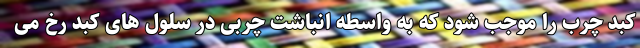
کبد چرب را موجب شود که به واسطه انباشت چربی در سلول های کبد رخ می